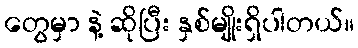
တွေမှာ နဲ့ ဆိုပြီး နှစ်မျိုးရှိပါတယ်။